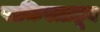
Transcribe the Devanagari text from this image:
पाकिस्तातून